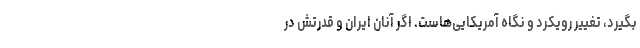
بگیرد، تغییر رویکرد و نگاه آمریکایی‌هاست. اگر آنان ایران و قدرتش در